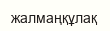
жалмаңқұлақ